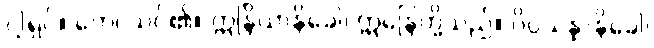
ငါ့ရှင်။ တေ၊ သင်၏။ ဣန္ဒြိယာနိခေါ၊ ဣန္ဒြေတို့သည်။ ဝိပ္ပသန္နာနိခေါ၊